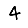
Digit: 4